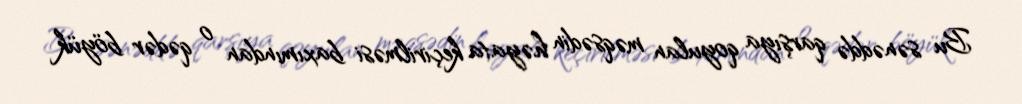
Bu sənəddə qarşıya qoyulan məqsədin həyata keçirilməsi baxımından o qədər böyük